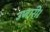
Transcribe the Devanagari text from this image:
उजारी।